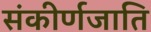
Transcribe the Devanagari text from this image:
संकीर्णजाति